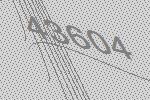
43604